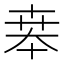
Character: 𠦪